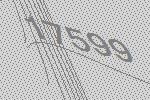
17599